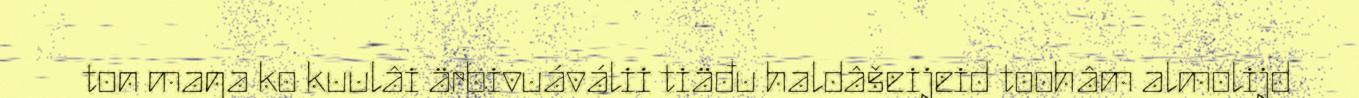
ton maŋa ko kuulâi ärbivuáválii tiäđu haldâšeijeid toohâm almolijd